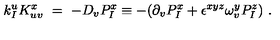
k _ { I } ^ { u } K _ { u v } ^ { x } \ = \ - D _ { v } P _ { I } ^ { x } \equiv - ( \partial _ { v } P _ { I } ^ { x } + \epsilon ^ { x y z } \omega _ { v } ^ { y } P _ { I } ^ { z } ) \ .